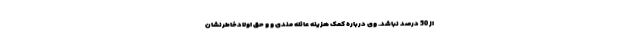
از 50 درصد نباشد. وی درباره کمک هزینه عائله مندی و و حق اولادخاطرنشان